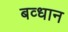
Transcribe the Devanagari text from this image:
बव्धान